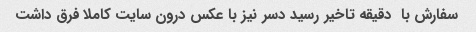
سفارش با  دقیقه تاخیر رسید دسر نیز با عکس درون سایت کاملا فرق داشت